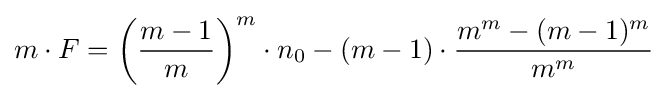
m\cdot F=\left({\frac {m-1}{m}}\right)^{m}\cdot n_{0}-(m-1)\cdot {\frac {m^{m}-(m-1)^{m}}{m^{m}}}